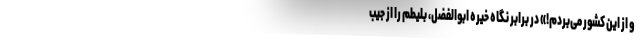
و از این کشور می‌بردم!» در برابر نگاه خیره ابوالفضل، بلیطم را از جیب